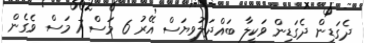
ދެގަޑިން ދެގަޑިން ވަކީލާ ބައްދަލުވިޔަސް އޭރު 6 މަސް 7 މަސް ވެގެން